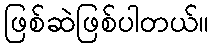
ဖြစ်ဆဲဖြစ်ပါတယ်။